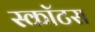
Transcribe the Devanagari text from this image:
स्कॉटस